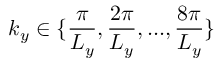
k _ { y } \in \{ \frac { \pi } { L _ { y } } , \frac { 2 \pi } { L _ { y } } , . . . , \frac { 8 \pi } { L _ { y } } \}